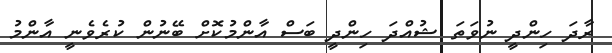
ރާދަ ހިންދީ ނުވަތަ ޝުއްދަ ހިންދީ ބަސް އާންމުކޮށް ބޭނުން ކުރެވެނީ އާންމު